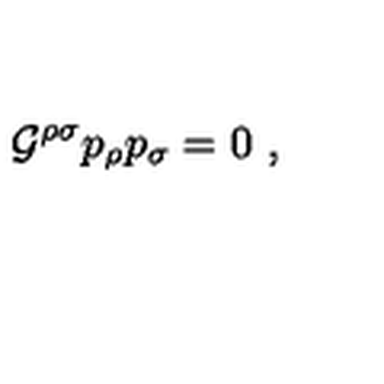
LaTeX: { \cal G } ^ { \rho \sigma } p _ { \rho } p _ { \sigma } = 0 \ ,